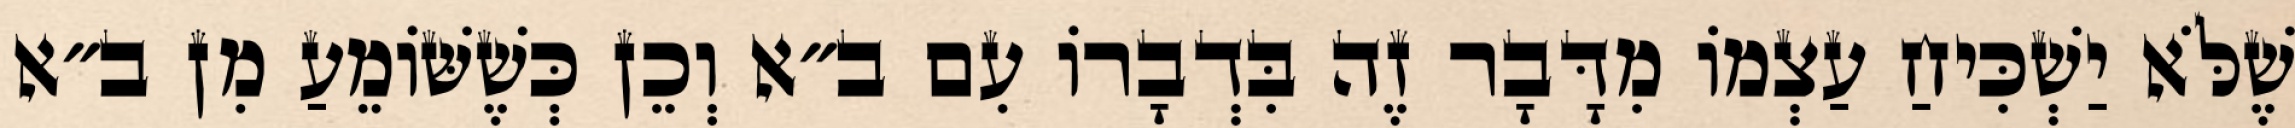
שֶׁלֹּא יַשְׁכִּיחַ עַצְמוֹ מִדָּבָר זֶה בִּדְבָרוֹ עִם ב״א וְכֵן כְּשֶׁשּׁוֹמֵעַ מִן ב״א